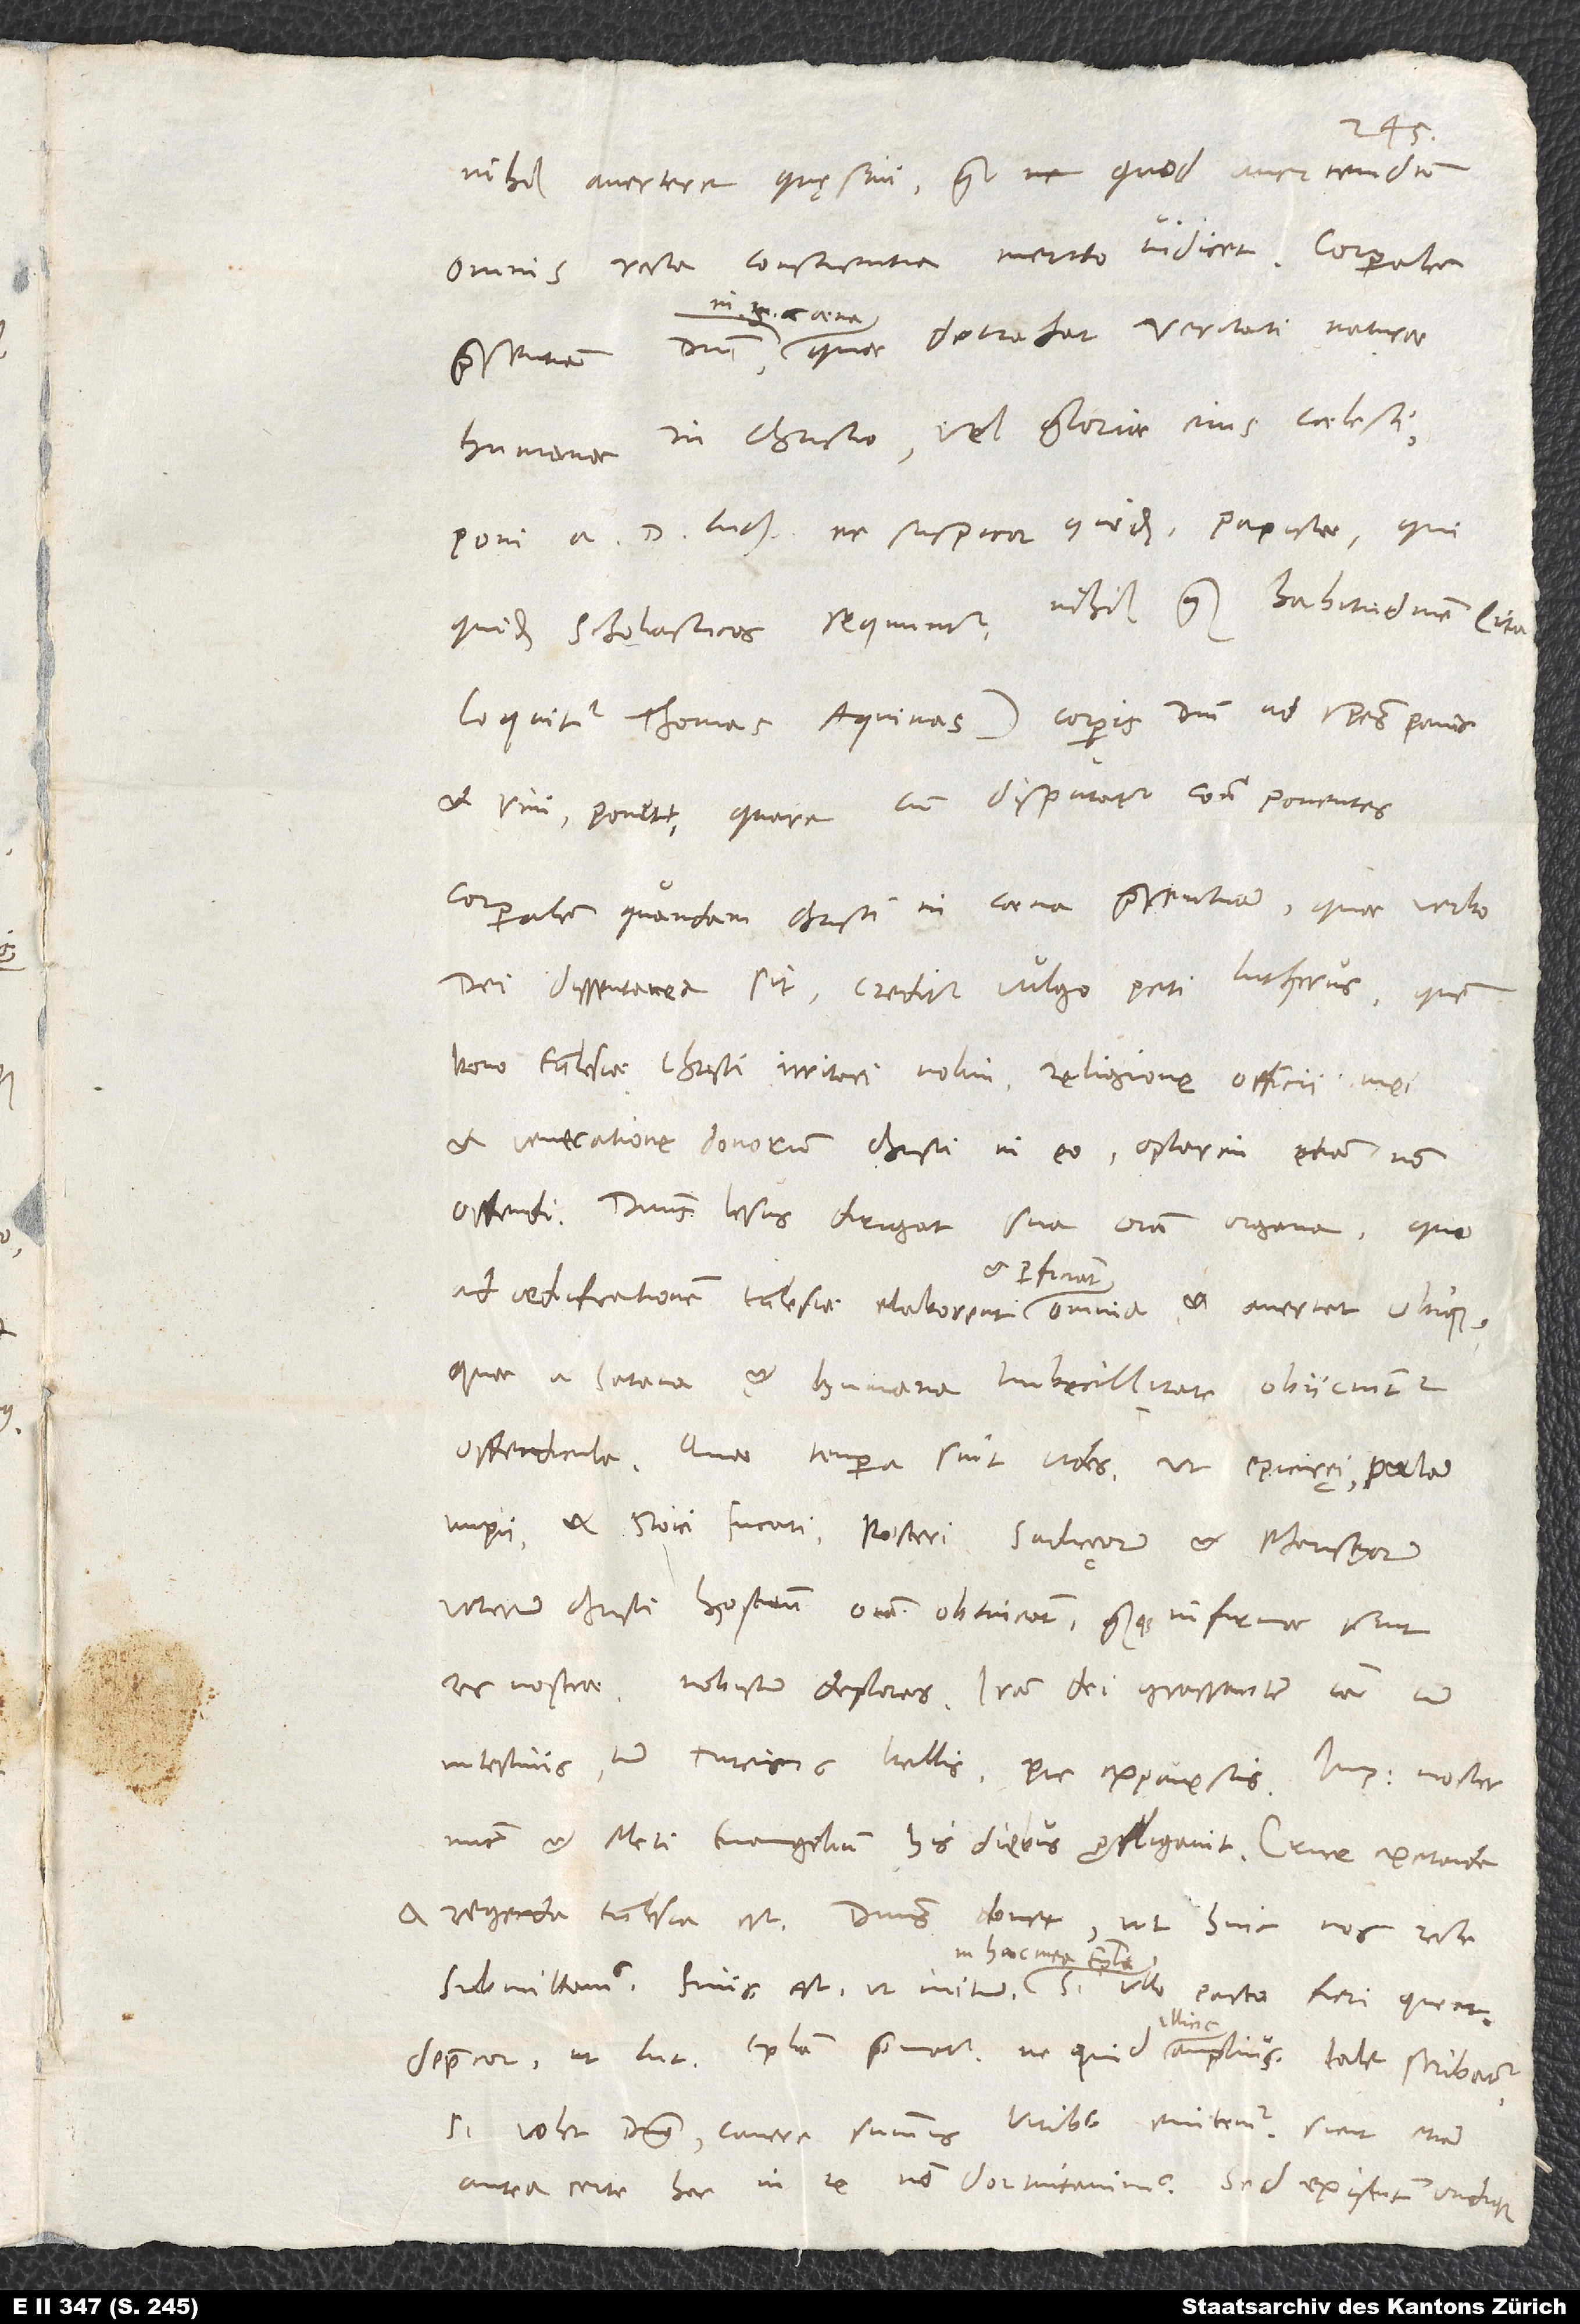
nihil avertere quęsivi, quam quod avertendum
omnis recta conscientia merito iudicet. Corporalem
coena,
humanae in Christo vel gloriae eius caelesti,
quidem scholasticos sequuntur, nihil quam habitudinem (ita
loquitur Thomas Aquinas) corporis domini ad species pani
et vini ponunt; quare, cum disputatur contra ponentes
corporalem quandam Christi in coena praesentiam, quae verbo
dei dissentanea sit, creditur vulgo peti Lutherus, quem
bono ecclesiae Christi irritari nolim religione officii mei
et veneratione donorum Christi in eo optarim etiam non
Dominus Iesus dirigat sua omnia organa, quo
quae a satana et humana imbecillitate obiiciuntur
offendicula. Quae tempora sint, vides, ut Epicuręi palam
impii et Stoici fucati, posteri Saducęorum et Pharisęorum,
veterum Christi hostium, omnia obtineant, quamque infirmae sint
res nostrae, nobiscum deploras. Iram dei grassantem iam cum
intestinis tum Turcicis bellis pie expavescis. Imperator noster
nunc et Meti evangelium his diebus profligavit. Cruce excitanda
et regenda ecclesia est. Dominus donet, ut huic nos recte
illic
deprecor, ut Lutheri epistola prematur, ne quid illinc amplius tale scribatur.
Si volet dominus, cavere summis viribus enitemur, sicut etiam
ante certe hac in re non dormitavimus. Sed existunt undique,